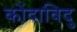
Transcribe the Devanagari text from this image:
कोंदाविदु